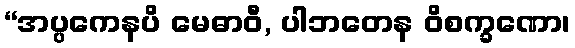
“အပ္ပကေနပိ မေဓာဝီ, ပါဘတေန ဝိစက္ခဏော၊